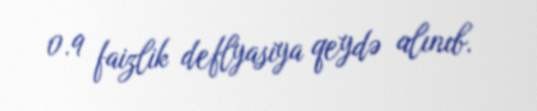
0.9 faizlik deflyasiya qeydə alınıb.